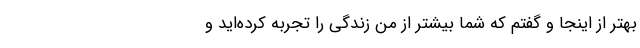
بهتر از اینجا و گفتم که شما بیشتر از من زندگی را تجربه کرده‌اید و